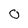
Character: 0